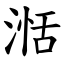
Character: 湉